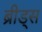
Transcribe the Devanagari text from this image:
ब्रीड्स